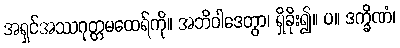
အရှင်အဿဂုတ္တမထေရ်ကို။ အဘိဝါဒေတွာ၊ ရှိခိုး၍။ ပ။ ဒက္ခိဏံ၊